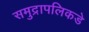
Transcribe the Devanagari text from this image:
समुद्रापलिकडे